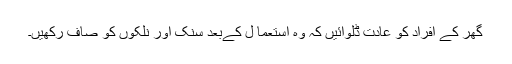
گھر کے افراد کو عادت ڈلوائیں کہ وہ استعما ل کےبعد سنک اور نلکوں کو صاف رکھیں۔